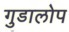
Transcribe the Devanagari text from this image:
गुडालोप